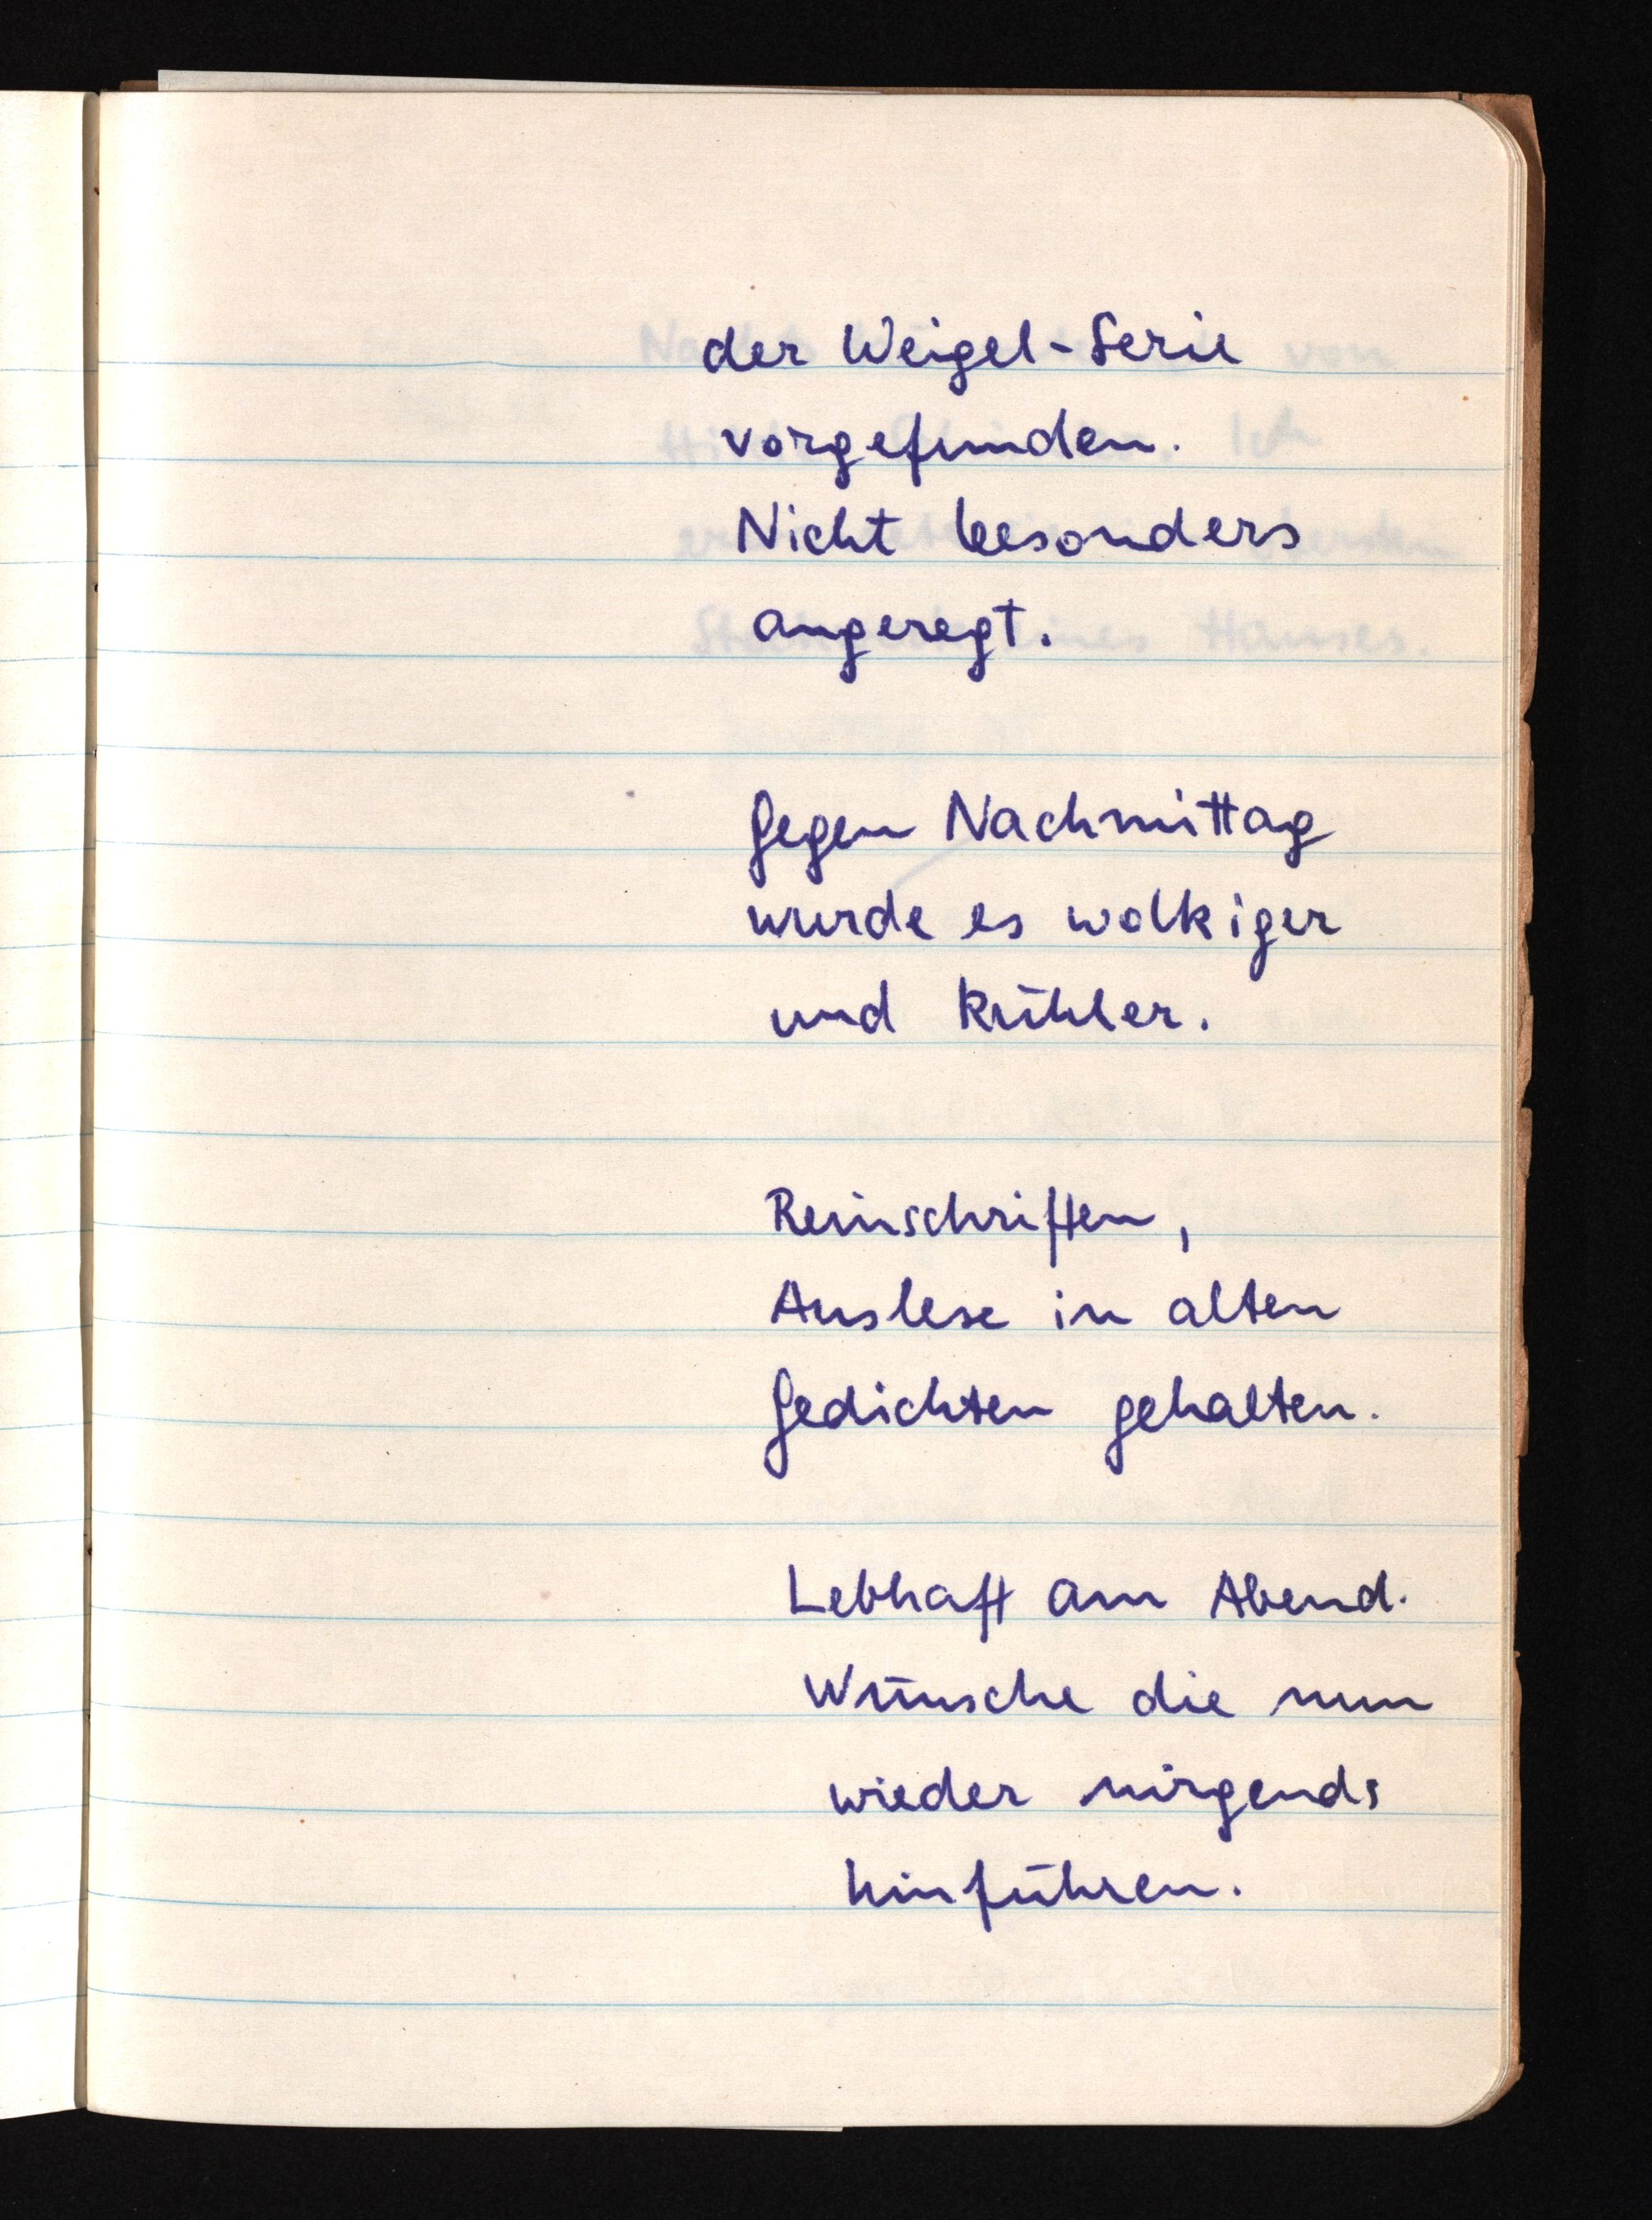
der Weigel-Serie
vorgefunden.
Nicht besonders
angeregt.
Gegen Nachmittag
wurde es wolkiger
und kühler.
Reinschriften,
Auslese in alten
Gedichten gehalten.
Lebhaft am Abend.
Wünsche die nun
wieder nirgends
hinführen.